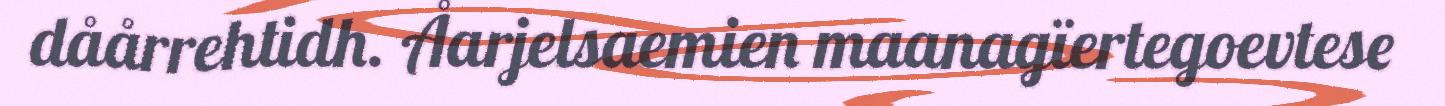
dåårrehtidh. Åarjelsaemien maanagïertegoevtese